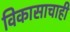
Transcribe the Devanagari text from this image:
विकासाचाही